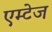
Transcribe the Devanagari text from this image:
एम्टेज